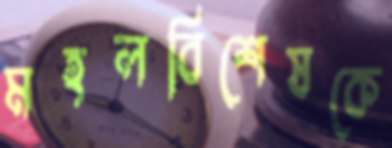
মহলবিশেষকে